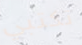
تكتبي